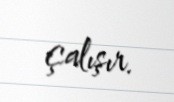
çalışır.